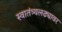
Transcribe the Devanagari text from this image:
स्वातंत्र्यलढ्यावर